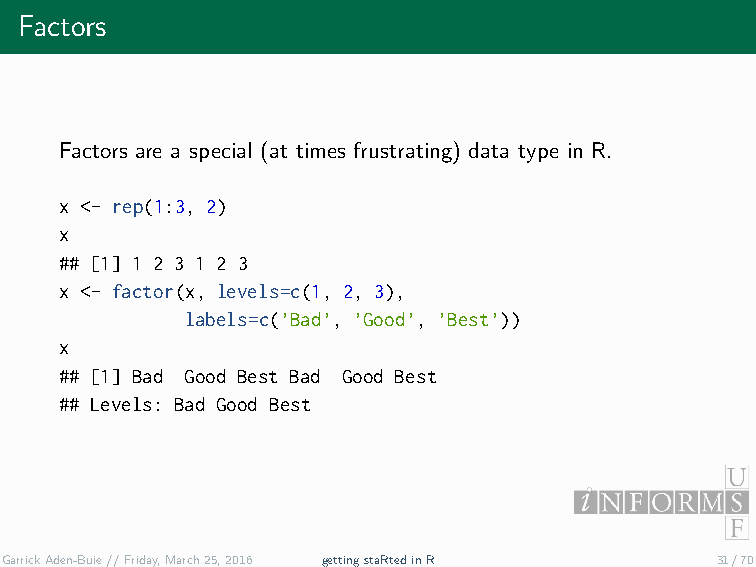
Factors
 Factors are a special (at times frustrating) data type in R.
 x <- rep(1:3, 2)
 x
 ## [1] 1 2 3 1 2 3
 x <- factor(x, levels=c(1, 2, 3),
 labels=c(’Bad’, ’Good’, ’Best’))
 x
 ## [1] Bad Good Best Bad Good Best
 ## Levels: Bad Good Best
 GarrickAden-Buie//Friday,March25,2016 gettingstaRtedinR 31/70